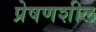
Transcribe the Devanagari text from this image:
प्रेषणशील